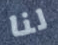
لنا